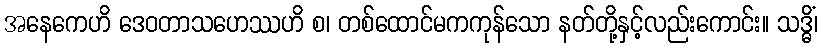
အနေကေဟိ ဒေဝတာသဟေဿဟိ စ၊ တစ်ထောင်မကကုန်သော နတ်တို့နှင့်လည်းကောင်း။ သဒ္ဓိံ၊